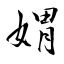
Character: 媦